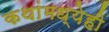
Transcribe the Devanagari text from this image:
कथांमध्येही